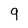
Character: 9